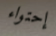
إحتواء